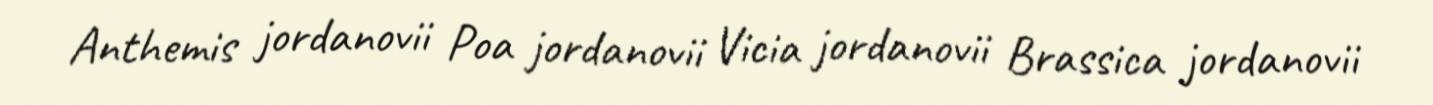
Anthemis jordanovii Poa jordanovii Vicia jordanovii Brassica jordanovii